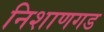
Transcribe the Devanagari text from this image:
निशाणगड